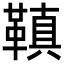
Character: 𩌙